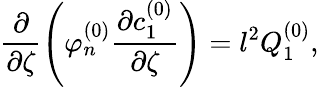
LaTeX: \frac{\partial}{\partial\zeta}\left(\varphi_{n}^{(0)}\frac{\partial c_{1}^{(0)}}{\partial\zeta}\right)=l^{2}Q_{1}^{(0)},